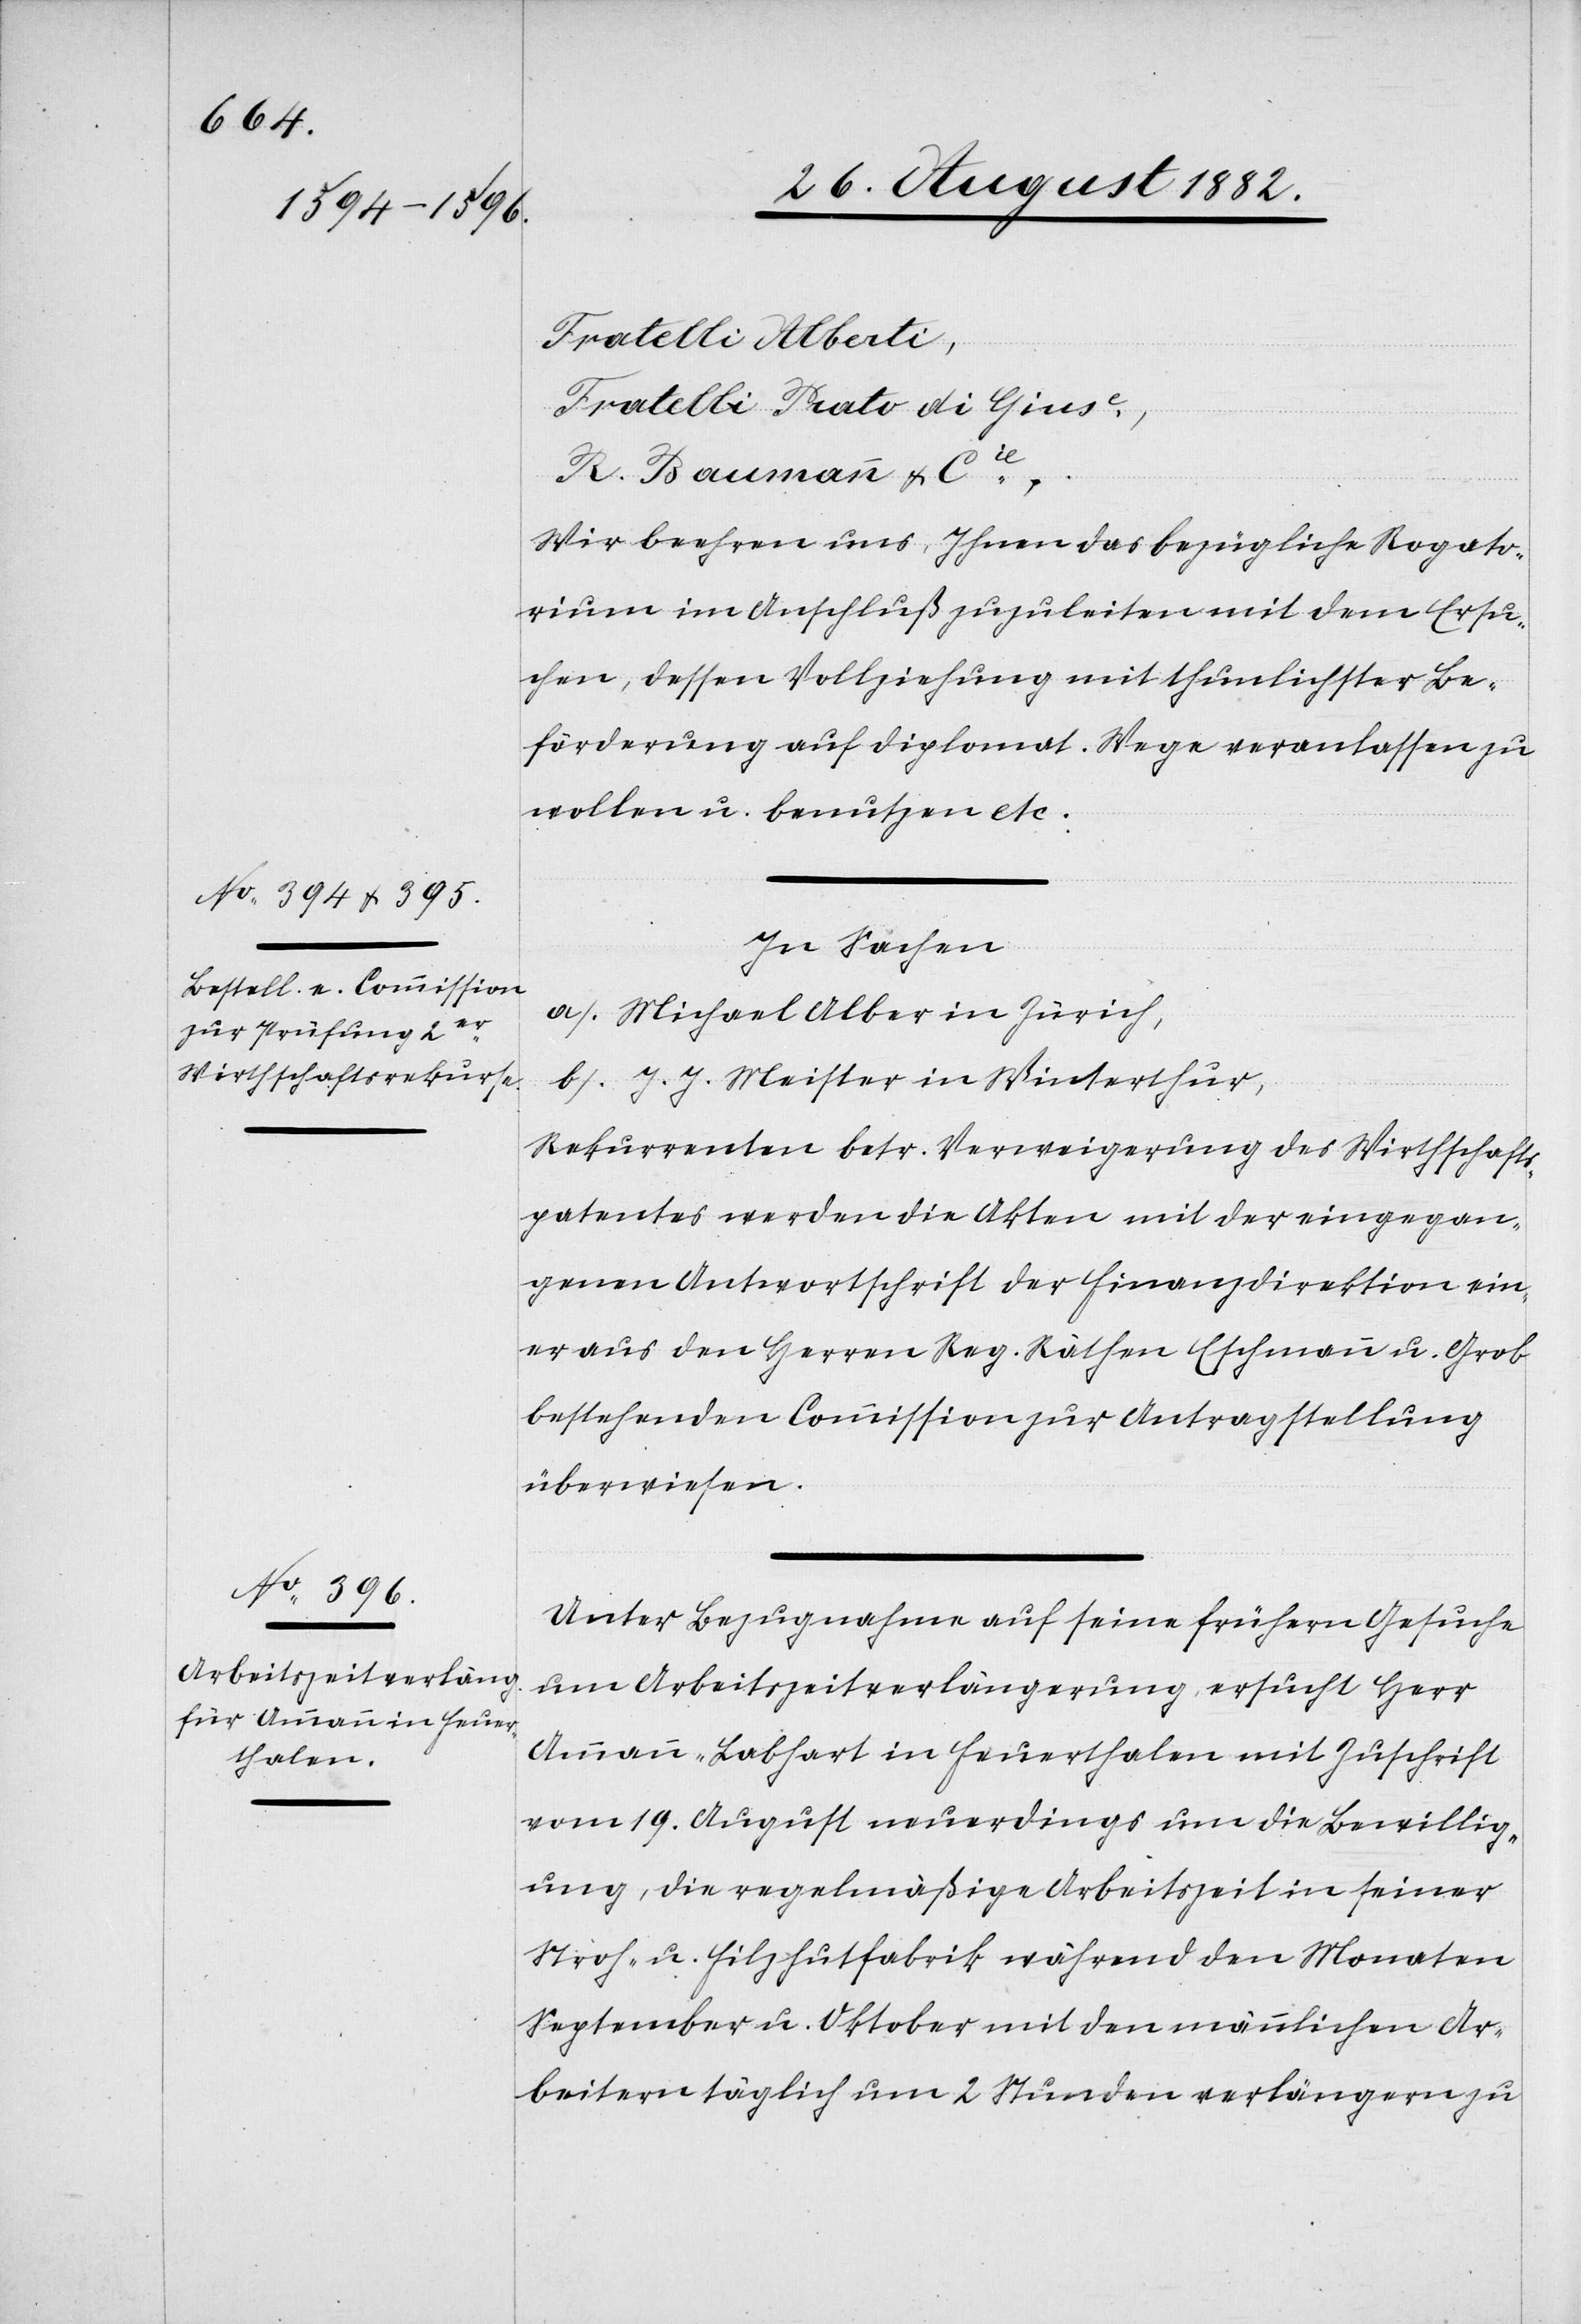
Fratelli Alberti,
Fratelli Prato di Giuse,
R. Baumann & Cie.
Wir beehren uns, Ihnen das bezügliche Rogato¬
rium im Anschluß zuzuleiten mit dem Ersu¬
chen, dessen Vollziehung mit thunlichster Be¬
förderung auf diplomat. Wege veranlassen zu
wollen u. benutzen etc.
In Sachen
a) Michael Albert in Zürich,
b) J. J. Meister in Winterthur,
Rekurrenten betr. Verweigerung des Wirthschafts¬
patentes werden die Akten mit der eingegan¬
genen Antwortschrift der Finanzdirektion ein¬
er aus den Herren Reg. Räthen Eschmann u. Grob
bestehenden Commission zur Antragstellung
überwiesen.
Unter Bezugnahme auf seine frühern Gesuche
um Arbeitszeitverlängerung ersucht Herr
Ammann-Labhart in Feuerthalen mit Zuschrift
vom 19. August neuerdings um die Bewillig¬
ung, die regelmäßige Arbeitszeit in seiner
Stroh- u. Filzhutfabrik während den Monaten
September u. Oktober mit den männlichen Ar¬
beitern täglich um 2 Stunden verlängern zu